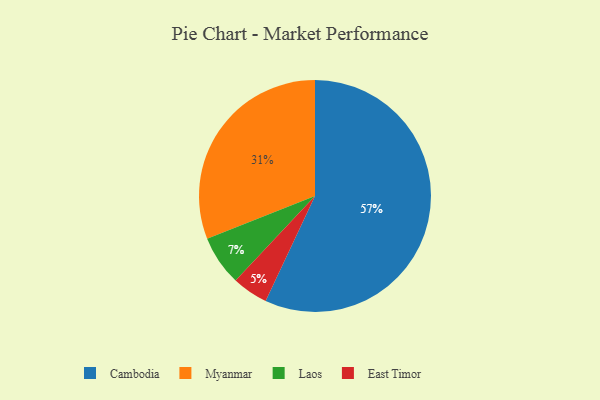
{"axis": {"x": "Category", "y": "Percentage"}, "legend": ["Cambodia", "East Timor", "Laos", "Myanmar"], "data": [{"x": "East Timor", "y": 5, "type": "East Timor"}, {"x": "Cambodia", "y": 57, "type": "Cambodia"}, {"x": "Laos", "y": 7, "type": "Laos"}, {"x": "Myanmar", "y": 31, "type": "Myanmar"}]}